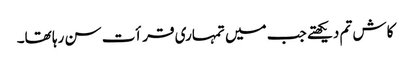
کاش تم دیکھتے جب میں تمہاری قرأت سن رہا تھا۔